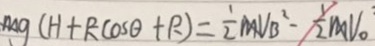
m g ( H + R \cos \theta + R ) = \frac { 1 } { 2 } m V B ^ { 2 } - \frac { 1 } { 2 } m V _ { 0 } ^ { 2 }